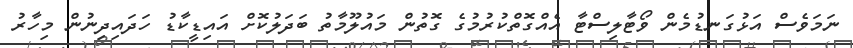
ނަމަވެސް އަޅުގަނޑުމެން ވޯޓާލިސްޓާ އެއްގޮތްކުރުމުގެ ގޮތުން މައުލޫމާތު ބަދަލުކޮށް އައިޑީކާޑު ހަދައިދިނުން މިހާރު